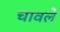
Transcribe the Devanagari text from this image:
चावले